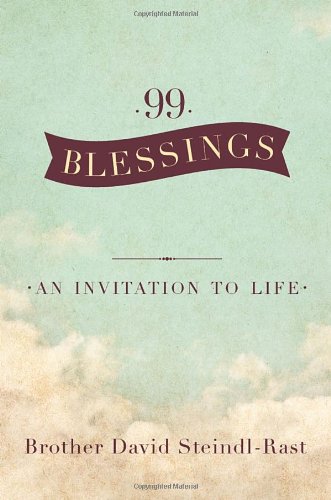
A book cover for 99 Blessings: An Invitation to Life; David Steindl-rast; Christian Books & Bibles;